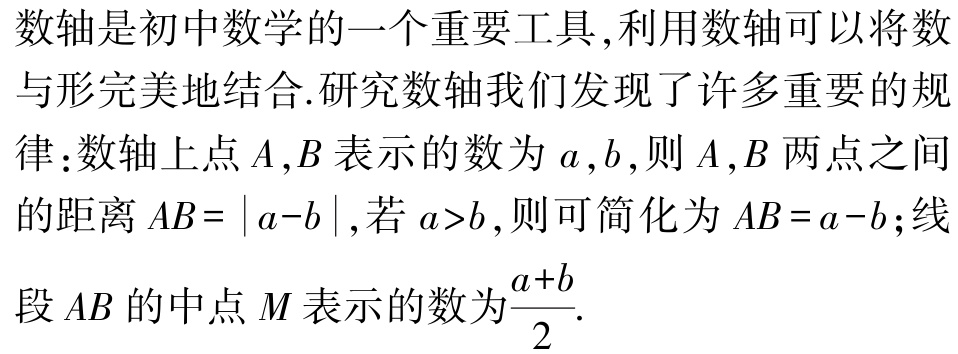
数轴是初中数学的一个重要工具,利用数轴可以将数与形完美地结合.研究数轴我们发现了许多重要的规律：数轴上点\(A,B\)表示的数为\(a,b\),则\(A,B\)两点之间的距离\(AB = |a - b|\),若\(a>b\),则可简化为\(AB = a - b\);线段\(AB\)的中点\(M\)表示的数为\(\frac{a + b}{2}\).